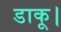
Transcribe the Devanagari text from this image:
डाकू।